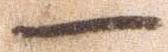
一